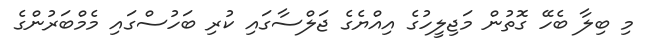
މި ބިލާ ބެހޭ ގޮތުން މަޖިލީހުގެ އިއްޔެގެ ޖަލްސާގައި ކުރި ބަހުސްގައި މެމްބަރުންގެ